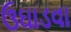
ઉઘાડવા